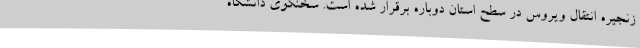
زنجیره انتقال ویروس در سطح استان دوباره برقرار شده است. سخنگوی دانشگاه